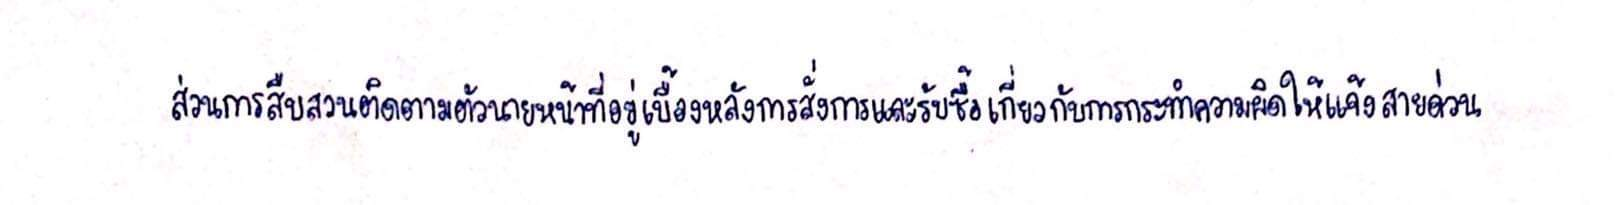
ส่วนการสืบสวนติดตามตัวนายหน้าที่อยู่เบื้องหลังการสั่งการและรับซื้อเกี่ยวกับการกระทำความผิดให้แจ้งสายด่วน